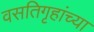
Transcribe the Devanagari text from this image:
वसतिगृहांच्या